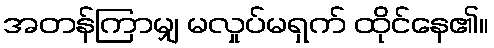
အတန်ကြာမျှ မလှုပ်မရှက် ထိုင်နေ၏။